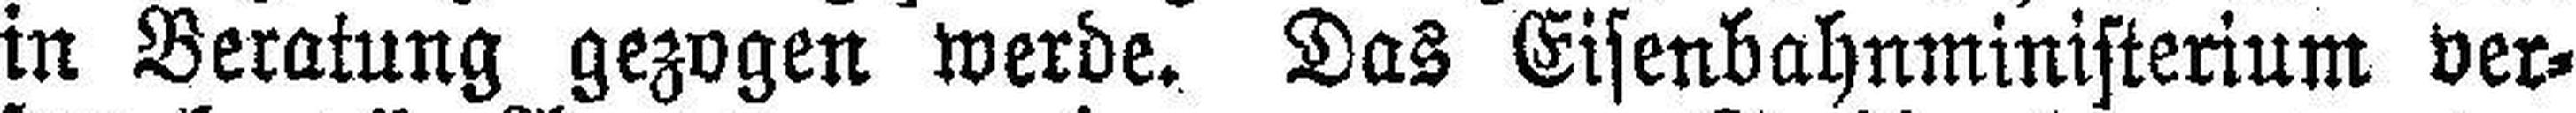
in Beratung gezogen werde. Das Eisenbahnministerium ver¬